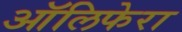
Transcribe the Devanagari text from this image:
ऑलिफेरा